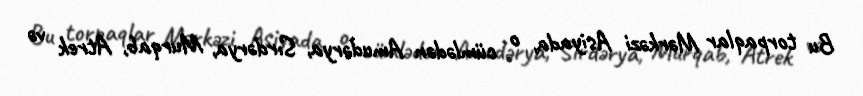
Bu torpaqlar Mərkəzi Asiyada, o cümlədən Amudərya, Sırdərya, Murqab, Atrek və